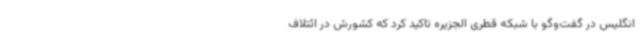
انگلیس در گفت‌وگو با شبکه قطری الجزیره تاکید کرد که کشورش در ائتلاف